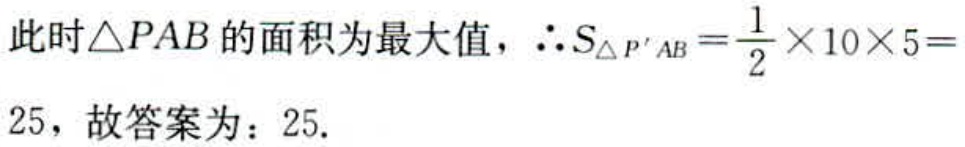
此时\(\triangle PAB\)的面积为最大值，\(\therefore S_{\triangle P^{\prime}AB}=\frac{1}{2}\times10\times5 = 25\)，故答案为：\(25\).